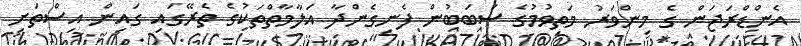
އެންޑްރަޖަން ގެ މިންވަރު މަތިވުމުގެ ސަބަބުން ފެނިގެންދާ އަލާމާތްތަކުގެ ތެރޭގައި ގައިން އިސްތަށި